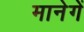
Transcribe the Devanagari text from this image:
मानेगें